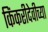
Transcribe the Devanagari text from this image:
किंकरीदेवीच्या